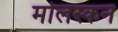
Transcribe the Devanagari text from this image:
मोलस्कन